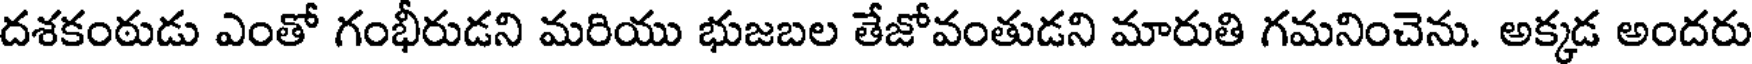
దశకంఠుడు ఎంతో గంభీరుడని మరియు భుజబల తేజోవంతుడని మారుతి గమనించెను. అక్కడ అందరు